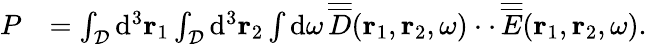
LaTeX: \begin{array}{rl}{P}&{=\int_{\cal D}\mathrm{d}^{3}{\mathbf r}_{1}\int_{\cal D}\mathrm{d}^{3}{\mathbf r}_{2}\int\mathrm{d}\omega\, \overline{{\overline{{D}}}}({\mathbf r}_{1},{\mathbf r}_{2},\omega)\cdot\cdot\, \overline{{\overline{{E}}}}({\mathbf r}_{1},{\mathbf r}_{2},\omega).}\end{array}